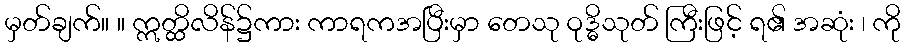
မှတ်ချက်။ ။ ဣတ္ထိလိန်၌ကား ကာရကအပြီးမှာ တေသု ဝုဒ္ဓိသုတ် ကြီးဖြင့် ရ၏ အဆုံး ၊ ကို